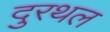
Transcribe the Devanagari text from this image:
दुरथल